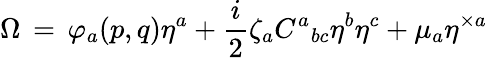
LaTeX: \Omega\, =\, \varphi_{a}(p,q)\eta^{a}+\frac{i}{2}\zeta_{a}C^{a}{}_{bc}\eta^{b}\eta^{c}+\mu_{a}\eta^{\times a}